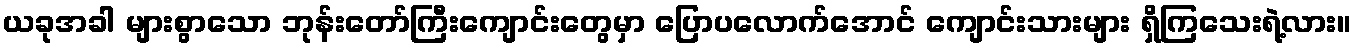
ယခုအခါ များစွာသော ဘုန်းတော်ကြီးကျောင်းတွေမှာ ပြောပလောက်အောင် ကျောင်းသားများ ရှိကြသေးရဲ့လား။